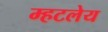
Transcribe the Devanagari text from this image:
म्हटलेय